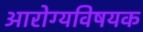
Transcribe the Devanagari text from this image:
अारोग्यविषयक